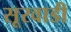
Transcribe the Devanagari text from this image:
सूरवाडी